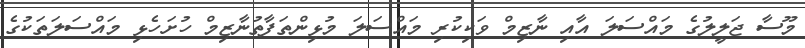
މޫސާ ޖަލީލުގެ މައްސަލަ އާއި ނާޒިމް ވަކިކުރި މައްސަލަ މުޅިންތަފާތުނާޒިމް ހުށަހެޅި މައްސަލަތަކުގެ